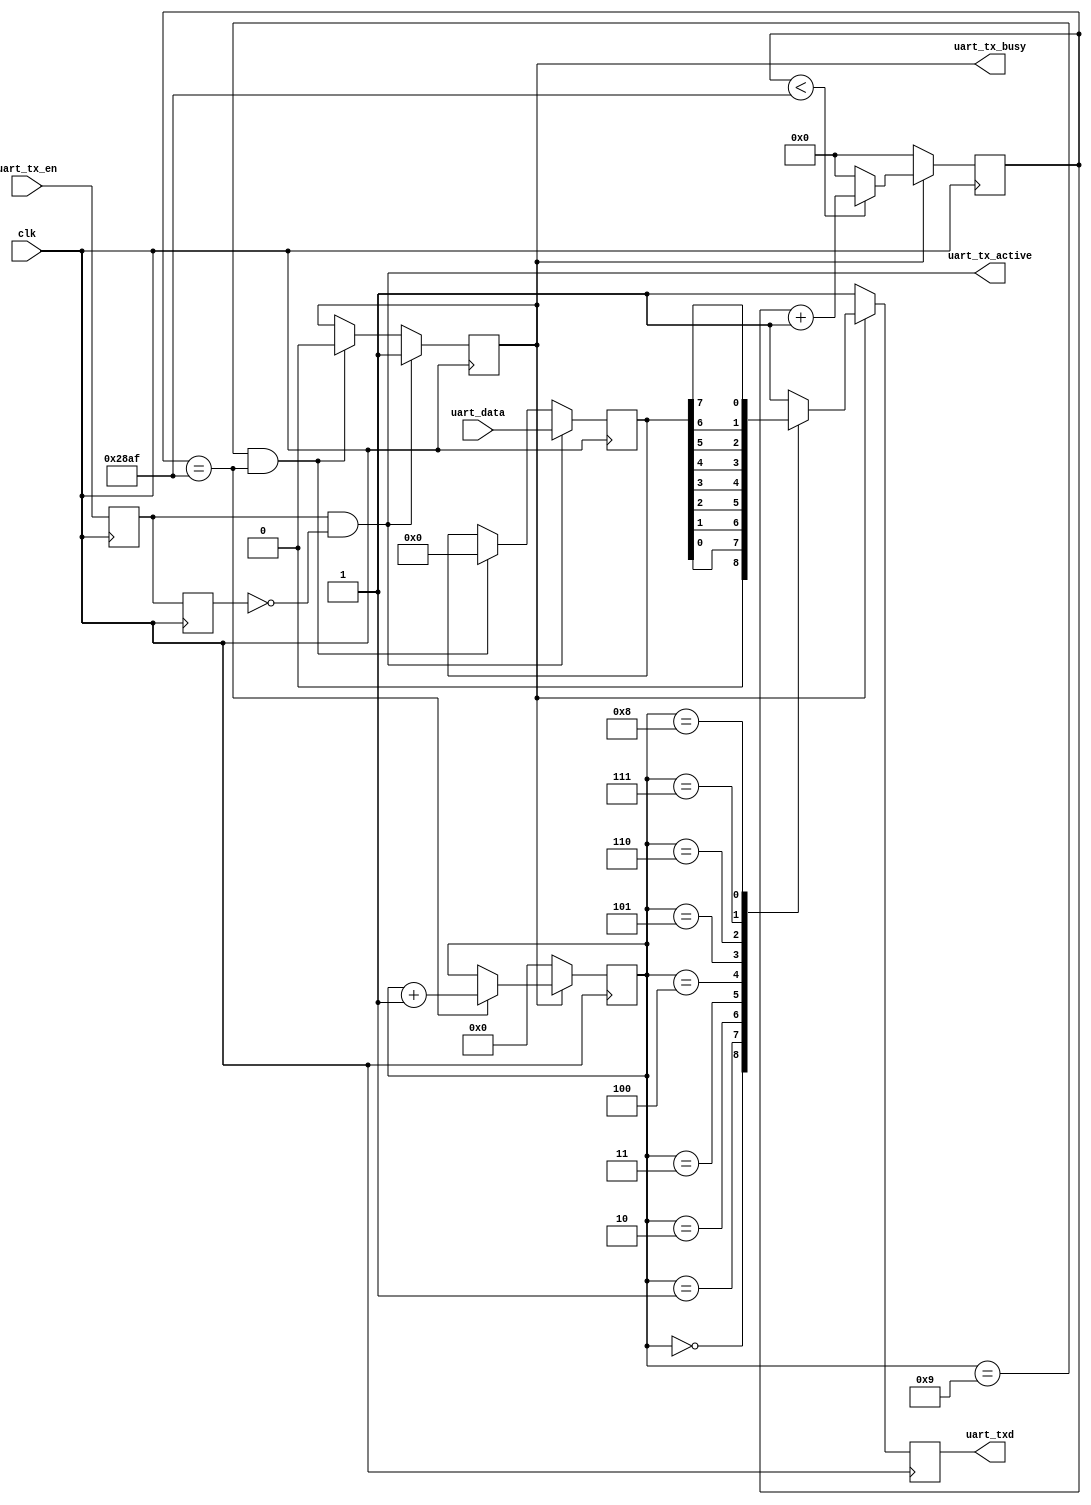
`timescale 1ns / 1ps
//////////////////////////////////////////////////////////////////////////////////
// Company: 
// Engineer: 
// 
// Design Name: 
// Module Name: uart_tx
// Project Name: 
// Target Devices: 
// Tool Versions: 
// Description: 
// 
// Dependencies: 
// 
// Revision:
// Revision 0.01 - File Created
// Additional Comments:
// 
//////////////////////////////////////////////////////////////////////////////////


module uart_tx(
    input clk,
    input[7:0] uart_data,
    input uart_tx_en,
    output reg uart_txd,
    output uart_tx_busy,
    output uart_tx_active
    );

    reg uart_en_tmp0;
    reg uart_en_tmp1;
    reg tx_flag;
    reg[3:0] tx_cnt; // data being transmitted
    reg[15:0] clk_cnt;
    reg[7:0] tx_data; // a caching layer
    wire start; // start transmission flag
    parameter CLK_FREQ = 100_000_000; 
    parameter UART_FREQ = 9600; 
    parameter BSP_CNT = CLK_FREQ/UART_FREQ;

    

    // uart_tx_busy 
    assign uart_tx_busy = tx_flag; 

    // start
    assign start = uart_en_tmp0 & (~uart_en_tmp1);
    assign uart_tx_active = start;
    always@(posedge clk)
    begin
        uart_en_tmp0 <= uart_tx_en; 
        uart_en_tmp1 <= uart_en_tmp0; 
    end

    // clk_cnt 
    always @(posedge clk)
    begin 
        if(tx_flag)
        begin 
            if(clk_cnt < BSP_CNT - 1'd1)
            begin
                clk_cnt <= clk_cnt + 1'd1;
            end
            else
            begin
                clk_cnt <= 16'd0;
            end 
        end 
        else 
            clk_cnt <= 16'd0; 
    end

    // tx_cnt 
    always @(posedge clk)
    begin 
        if(tx_flag)
        begin 
            if(clk_cnt == BSP_CNT - 1'd1)
            begin
                tx_cnt <= tx_cnt + 4'd1;
            end
        end 
        else
        begin
            tx_cnt <= 4'd0;
        end
    end
    // uart_txd 
    always @(posedge clk)
    begin 
        if(tx_flag)
        begin
        case(tx_cnt) 
            4'd0: uart_txd <= 1'd0; 
            4'd1: uart_txd <= tx_data[0]; 
            4'd2: uart_txd <= tx_data[1]; 
            4'd3: uart_txd <= tx_data[2]; 
            4'd4: uart_txd <= tx_data[3]; 
            4'd5: uart_txd <= tx_data[4]; 
            4'd6: uart_txd <= tx_data[5]; 
            4'd7: uart_txd <= tx_data[6]; 
            4'd8: uart_txd <= tx_data[7]; 
            4'd9: uart_txd <= 1'd1; 
            default: uart_txd <= 1'd1; 
            endcase
        end 
        else 
            uart_txd <= 1'd1;
    end

    //tx_data tx_flag 
    always @(posedge clk)
    begin 
        if(start == 1'b1)
        begin 
            tx_data <= uart_data; 
            tx_flag <= 1'b1; 
        end 
        else if ((tx_cnt == 4'd9) && (clk_cnt == BSP_CNT -1'd1))
        begin 
            tx_flag <= 1'b0; 
            tx_data <= 8'd0; 
        end 
    end

endmodule